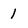
Character: 1